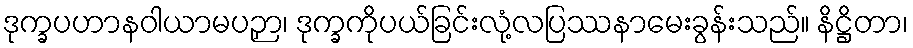
ဒုက္ခပဟာနဝါယာမပဉှာ၊ ဒုက္ခကိုပယ်ခြင်းလုံ့လပြဿနာမေးခွန်းသည်။ နိဋ္ဌိတာ၊